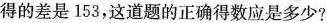
得的差是153，这道题的正确得数应是多少?